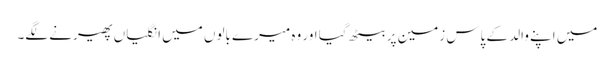
میں اپنے والد کے پاس زمین پر بیٹھ گیا اور وہ میرے بالوں میں انگلیاں پھیرنے لگے۔